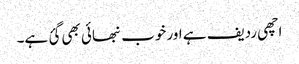
اچھی ردیف ہے اور خوب نبھائی بھی گئ ہے۔